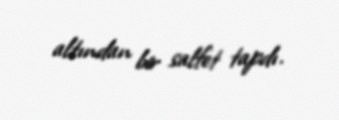
altından bir salfet tapdı.